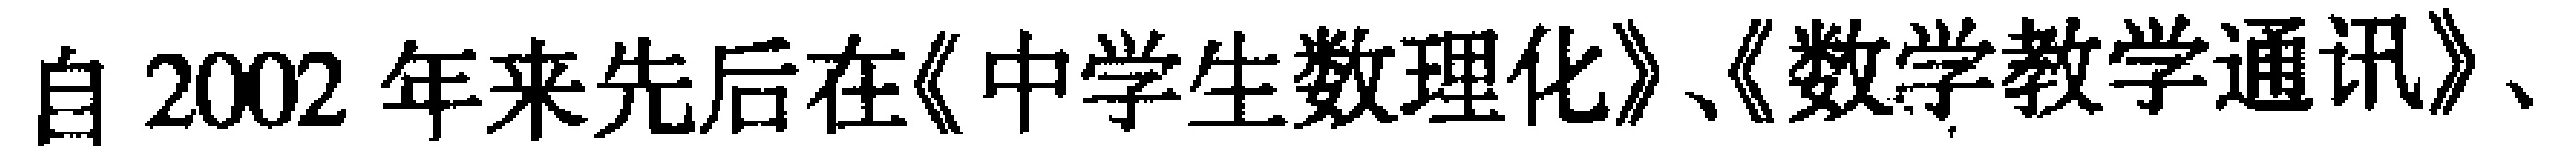
自 2002 年来先后在《中学生数理化》、《数学教学通讯》、